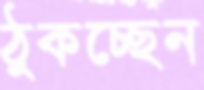
ঠুকচ্ছেন